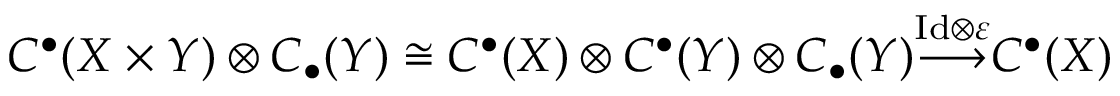
C ^ { \bullet } ( X \times Y ) \otimes C _ { \bullet } ( Y ) \cong C ^ { \bullet } ( X ) \otimes C ^ { \bullet } ( Y ) \otimes C _ { \bullet } ( Y ) { \overset { \mathrm { I d } \otimes \varepsilon } { \longrightarrow } } C ^ { \bullet } ( X )